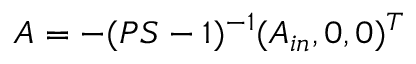
A = - ( P S - \mathbb { 1 } ) ^ { - 1 } ( A _ { i n } , 0 , 0 ) ^ { T }